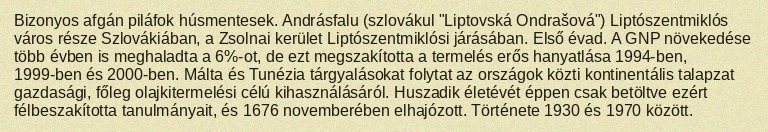
Bizonyos afgán piláfok húsmentesek. Andrásfalu (szlovákul "Liptovská Ondrašová") Liptószentmiklós város része Szlovákiában, a Zsolnai kerület Liptószentmiklósi járásában. Első évad. A GNP növekedése több évben is meghaladta a 6%-ot, de ezt megszakította a termelés erős hanyatlása 1994-ben, 1999-ben és 2000-ben. Málta és Tunézia tárgyalásokat folytat az országok közti kontinentális talapzat gazdasági, főleg olajkitermelési célú kihasználásáról. Huszadik életévét éppen csak betöltve ezért félbeszakította tanulmányait, és 1676 novemberében elhajózott. Története 1930 és 1970 között.